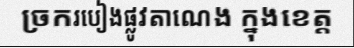
ច្រករបៀងផ្លូវតាណេង ក្នុងខេត្ត